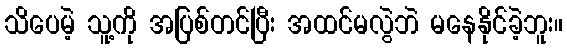
သိပေမဲ့ သူ့ကို အပြစ်တင်ပြီး အထင်မလွဲဘဲ မနေနိုင်ခဲ့ဘူး။